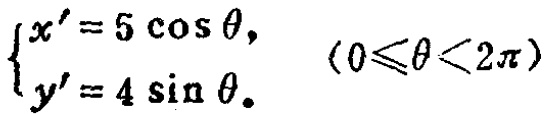
\(\begin{cases}x' = 5\cos\theta,\\y' = 4\sin\theta.\end{cases}(0\leqslant\theta<2\pi)\)